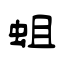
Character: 蛆